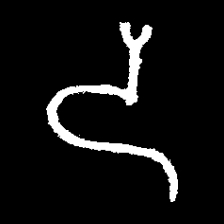
Pyu character \u2014 Myanmar letter: ဒ (romanized: da)